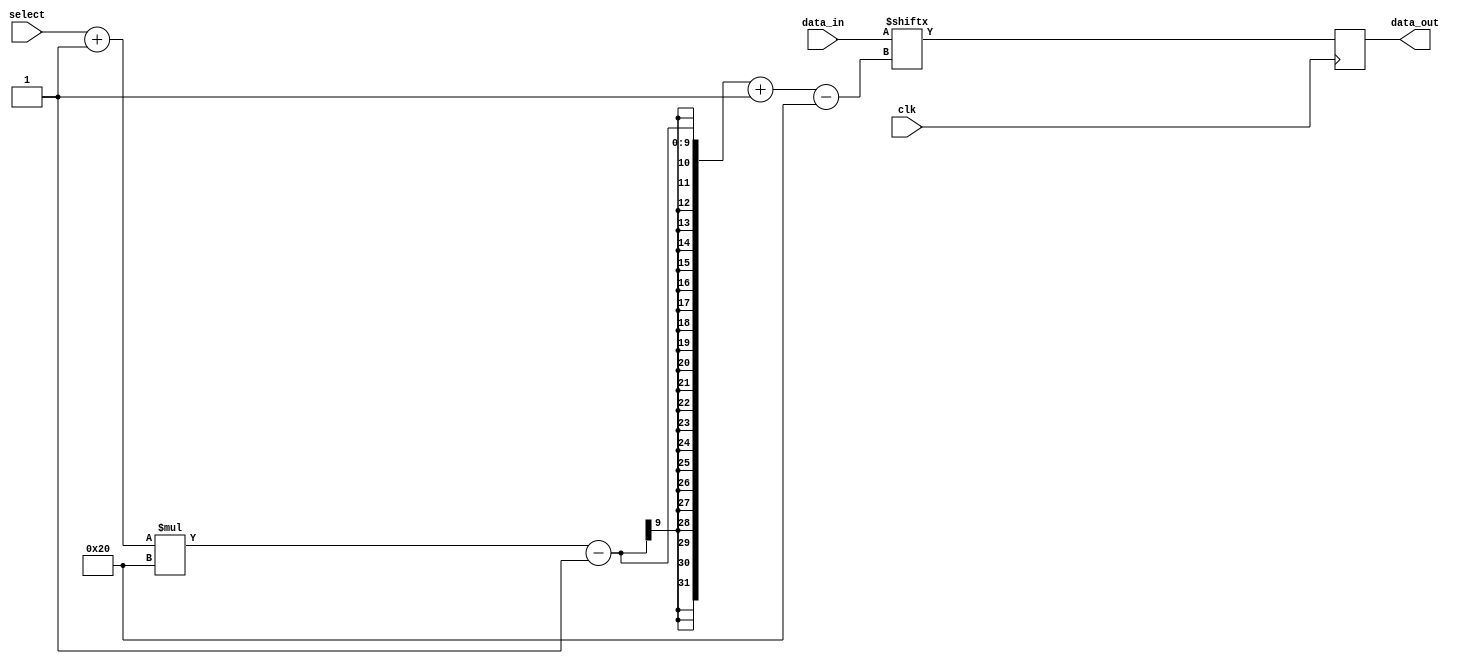
/*
MIT License

Copyright (c) 2018 Yatish Turakhia, Sneha D. Goenka, Gill Bejerano and William Dally

Permission is hereby granted, free of charge, to any person obtaining a copy
of this software and associated documentation files (the "Software"), to deal
in the Software without restriction, including without limitation the rights
to use, copy, modify, merge, publish, distribute, sublicense, and/or sell
copies of the Software, and to permit persons to whom the Software is
furnished to do so, subject to the following conditions:

The above copyright notice and this permission notice shall be included in all
copies or substantial portions of the Software.

THE SOFTWARE IS PROVIDED "AS IS", WITHOUT WARRANTY OF ANY KIND, EXPRESS OR
IMPLIED, INCLUDING BUT NOT LIMITED TO THE WARRANTIES OF MERCHANTABILITY,
FITNESS FOR A PARTICULAR PURPOSE AND NONINFRINGEMENT. IN NO EVENT SHALL THE
AUTHORS OR COPYRIGHT HOLDERS BE LIABLE FOR ANY CLAIM, DAMAGES OR OTHER
LIABILITY, WHETHER IN AN ACTION OF CONTRACT, TORT OR OTHERWISE, ARISING FROM,
OUT OF OR IN CONNECTION WITH THE SOFTWARE OR THE USE OR OTHER DEALINGS IN THE
SOFTWARE.
*/

module mux_1OfN #(
    parameter NUM_PORTS_WIDTH = 2,
    parameter DATA_WIDTH = 32

)(
    input clk,
    input [NUM_PORTS_WIDTH-1:0] select,
    input [(2 ** NUM_PORTS_WIDTH)*DATA_WIDTH-1:0] data_in,
    output reg [DATA_WIDTH-1:0] data_out
);

localparam NUM_PORTS = 2**NUM_PORTS_WIDTH;

always @(posedge clk) begin
    data_out <= data_in[(select+1)*DATA_WIDTH-1-:DATA_WIDTH];
end

endmodule